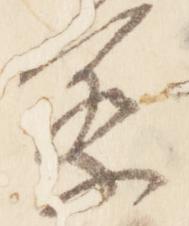
察